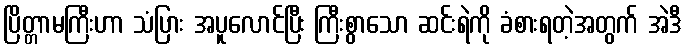
ပြိတ္တာမကြီးဟာ သံပြား အပူလောင်ပြီး ကြီးစွာသော ဆင်းရဲကို ခံစားရတဲ့အတွက် အဲဒီ